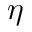
\eta